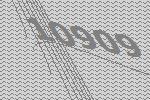
10909